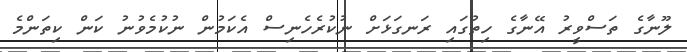
ލޫނާގެ ތަސްވީރު އޭނާގެ ހިތުގައި ރަނގަޅަށް ނުކުރެހެނިސް އެކަމުން ނުކުމެވުނު ކަން ކިތަންމެ